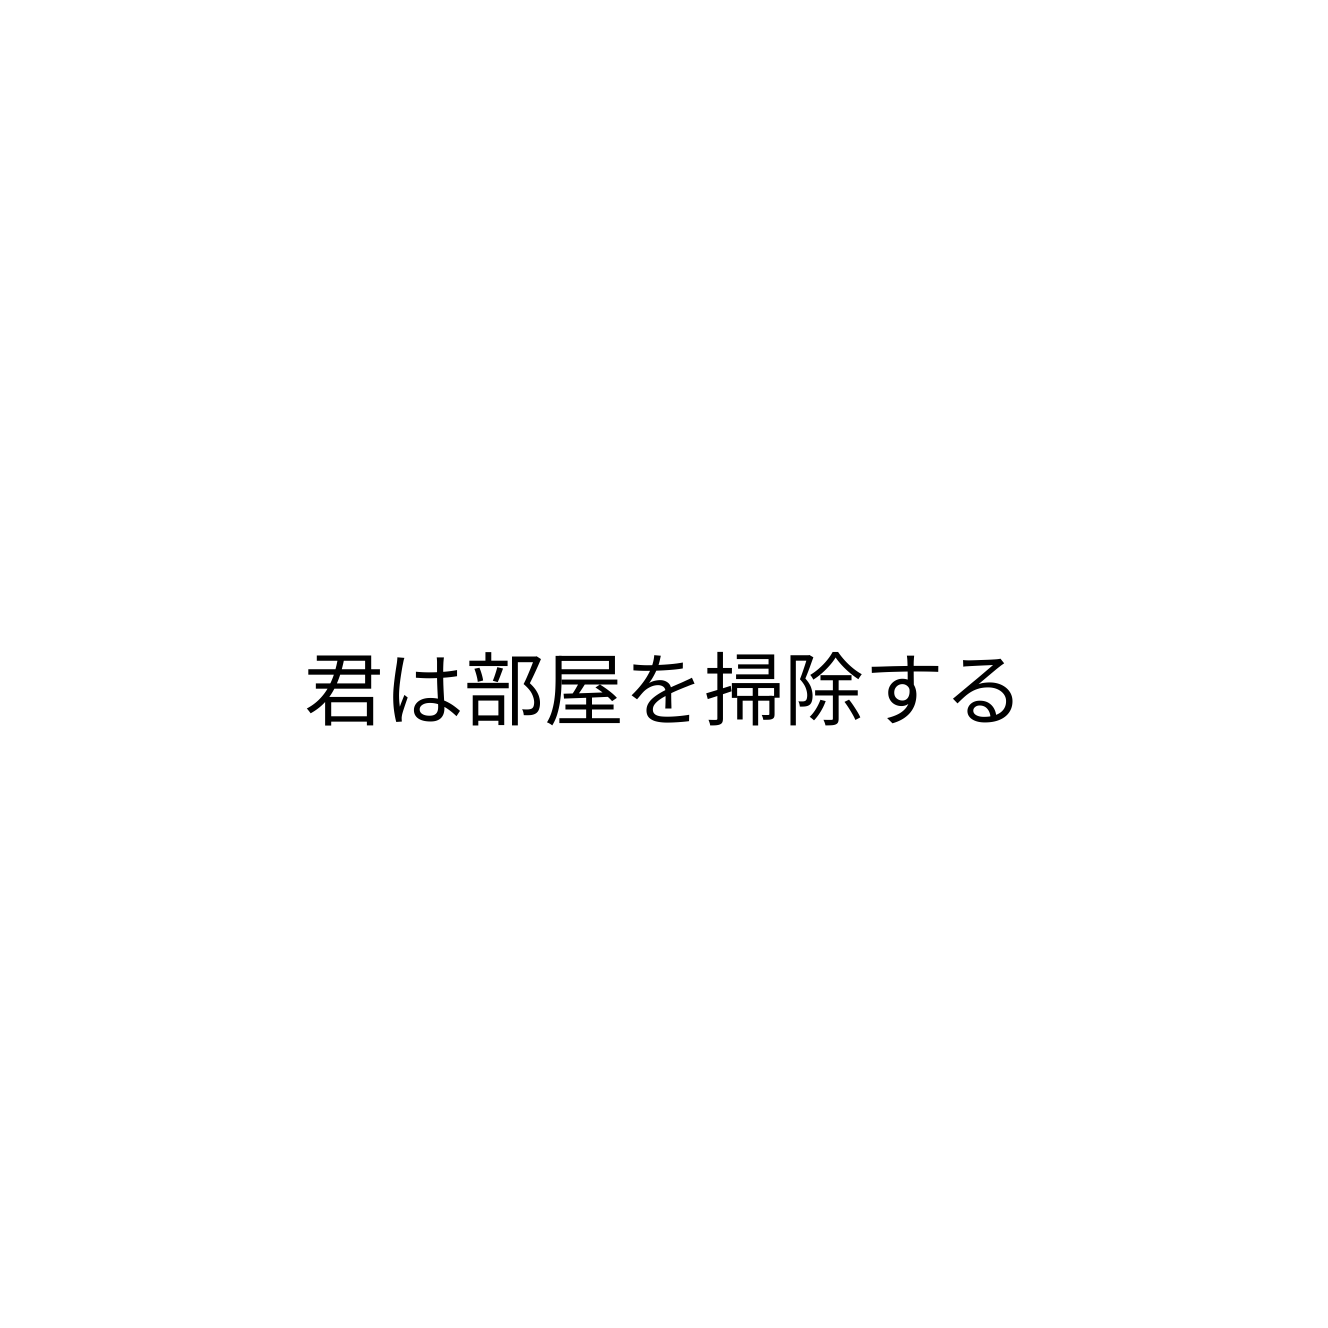
君は部屋を掃除する